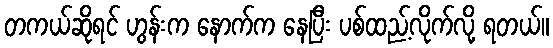
တကယ်ဆိုရင် ဟွန်းက နောက်က နေပြီး ပစ်ထည့်လိုက်လို့ ရတယ်။